Vaccination United Provinces of Agra and Oudh 1902-1913 - 1902-1913
Year: 1902
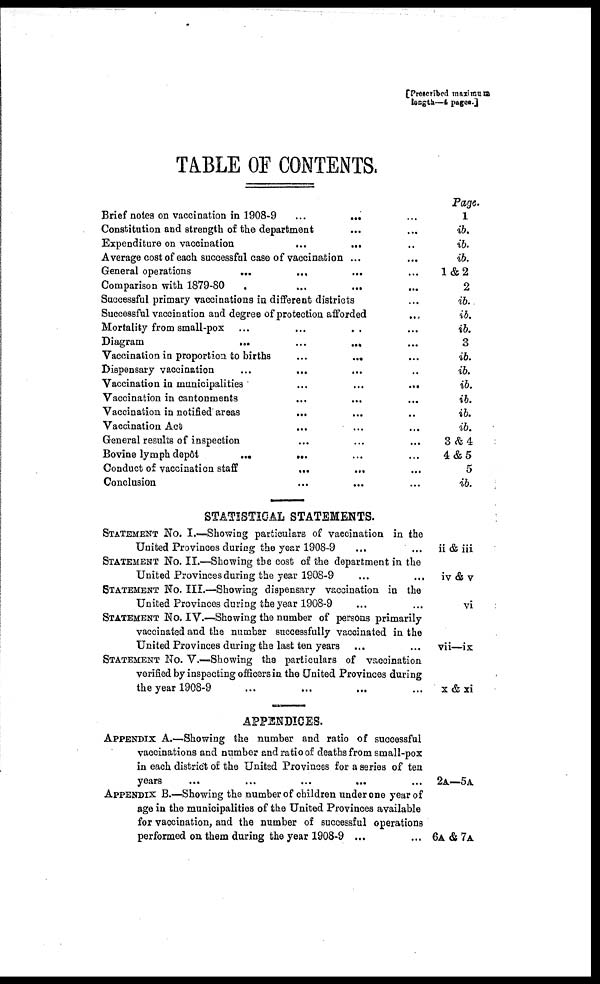
[ Prescribed maximum
length—4 pages.]
TABLE OF CONTENTS.
Brief notes on vaccination in 1908-9
...
...
...
Constitution and strength of the department ... ...
Expenditure on vaccination ... ... ... ... ...
Average cost of each successful case of vaccination ... ...
General operations ... ... ... ... ... ... ... ...
Comparison with 1879-80 ... ... ... ... ... ...
Successful primary vaccinations in different districts ...
Successful vaccination and degree of protection afforded ... ...
Mortality from small-pox ... ... ... ... ...
Diagram
...
...
...
...
...
...
...
Vaccination in proportion to births ... ... ... ... ...
Dispensary vaccination ... ... ... ... ...
Vaccination in municipalities
...
...
...
...
...
Vaccination in cantonments ... ... ... ... ...
Vaccination in notified areas ... ... ... ... ...
Vaccination Act ... ... ... ... ... ... ... ... ...
General results of inspection ... ... ...
Bovine lymph depôt ... ... ... ... ... ...
Conduct of vaccination staff ... ... ... ... ...
Conclusion
...
...
...
...
...
...
...
STATISTICAL STATEMENTS.
STATEMENT No. I.—Showing particulars of vaccination in the
United Provinces during the year 1908-9 ... ...
STATEMENT No. II.—Showing the cost of the department in the
United Provinces during the year 1908-9 ... ...
STATEMENT No. III.—Showing dispensary vaccination in the
United Provinces during the year 1908-9 ... ...
STATEMENT No. IV.—Showing the number of persons primarily
vaccinated and the number successfully vaccinated in the
United Provinces during the last ten years ... ...
STATEMENT No. V.—Showing the particulars of vaccination
verified by inspecting officers in the United Provinces during
the year 1908-9 ... ...
APPENDICES.
APPENDIX A.—Showing the number and ratio of successful
vaccinations and number and ratio of deaths from small-pox
in each district of the United Provinces for a series of ten
years
... ...
APPENDIX B.—Showing the number of children under one year of
age in the municipalities of the United Provinces available
for vaccination, and the number of successful operations
performed on them during the year 1908-9 ... ... ... ...
Page.
1
ib.
ib.
ib.
1&2
2
ib.
ib.
ib.
3
ib.
ib.
ib.
ib.
ib.
ib.
3&4
4&5
5
ib.
ii & iii
iv & v
vi
vii—ix
x & xi
2A—5A
6A&7A